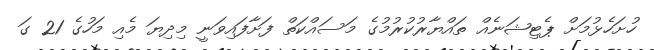
ހުށަހެޅުމަށް ޕެޓިޝަނެއް ތައްޔާރުކުރުމުގެ މަސައްކަތް ފަށާފައިވަނީ މިދިޔަ މެއި މަހުގެ 21 ގަ